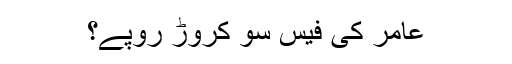
عامر کی فیس سو کروڑ روپے؟